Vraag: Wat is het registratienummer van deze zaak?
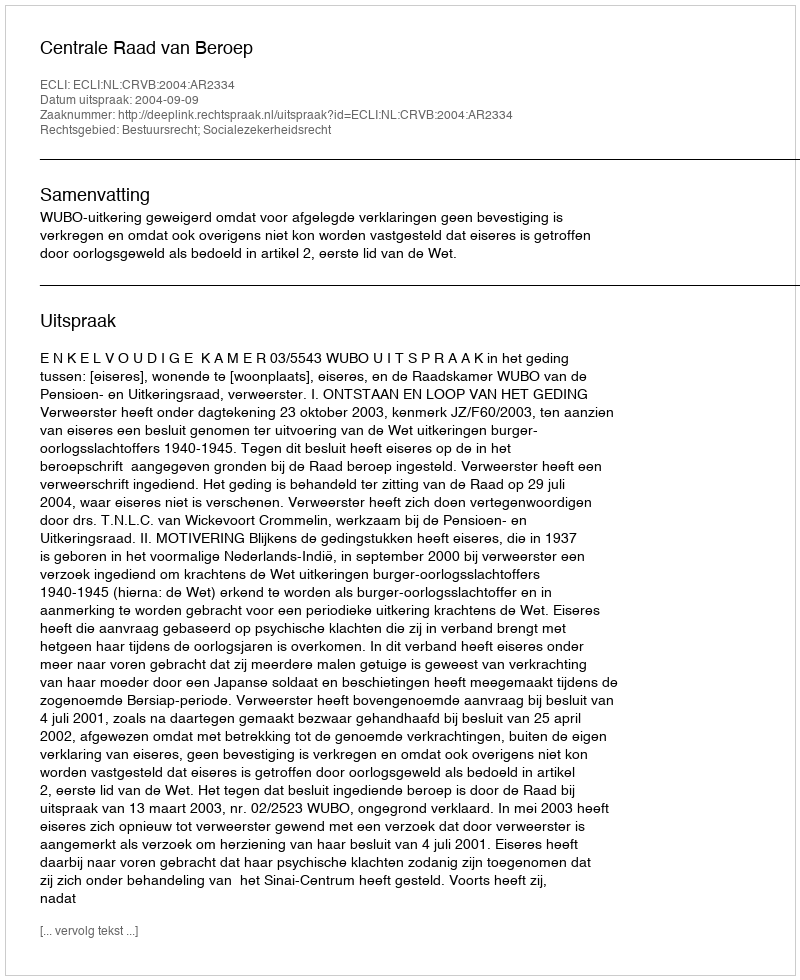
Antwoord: http://deeplink.rechtspraak.nl/uitspraak?id=ECLI:NL:CRVB:2004:AR2334